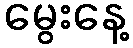
မွေးနေ့